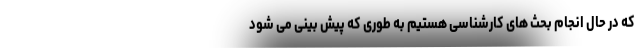
که در حال انجام بحث های کارشناسی هستیم به طوری که پیش بینی می شود